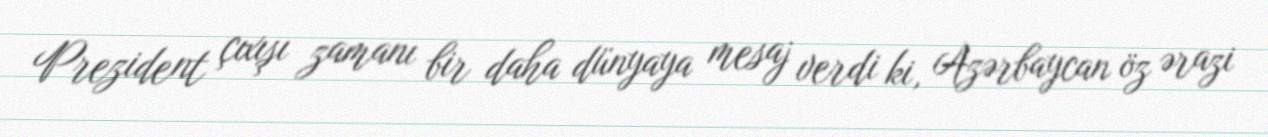
Prezident çıxışı zamanı bir daha dünyaya mesaj verdi ki, Azərbaycan öz ərazi